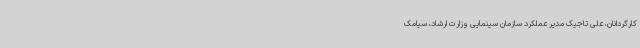
کارگردانان، علی تاجیک مدیر عملکرد سازمان سینمایی وزارت ارشاد، سیامک